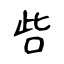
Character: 呰